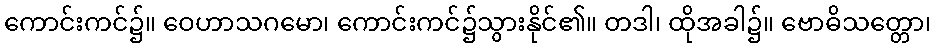
ကောင်းကင်၌။ ဝေဟာသဂမော၊ ကောင်းကင်၌သွားနိုင်၏။ တဒါ၊ ထိုအခါ၌။ ဗောဓိသတ္တော၊